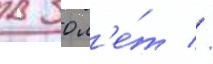
в 30 л'е́т //